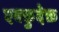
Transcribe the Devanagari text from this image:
एक्कुदेक्त